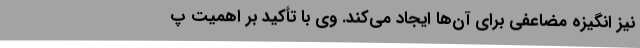
نیز انگیزه مضاعفی برای آن‌ها ایجاد می‌کند. وی با تأکید بر اهمیت پ